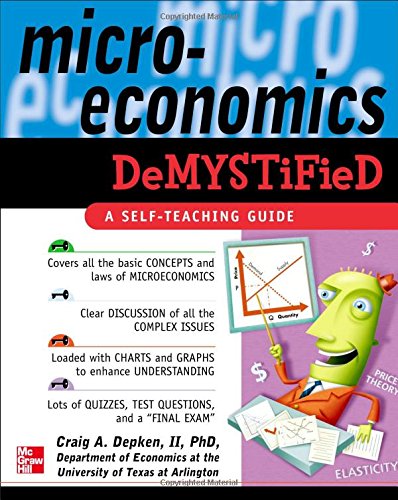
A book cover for Microeconomics Demystified: A Self-Teaching Guide; Craig Depken; Business & Money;